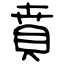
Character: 賁